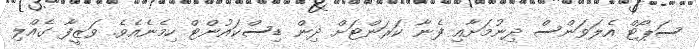
ސަޕޯޓް އެލަވަންސް ދިނުމަށާއި ފެނާ ކަރަންޓަށް ދިން ޑިސްކައުންޓް ހިމެނެއެވެ. ވަޒީފާ ގެއްލި